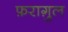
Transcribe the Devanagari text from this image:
फ़रागु़ल